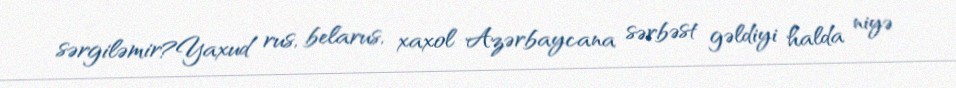
sərgiləmir?Yaxud rus, belarus, xaxol Azərbaycana sərbəst gəldiyi halda niyə